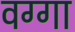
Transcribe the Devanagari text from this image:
वग्गा